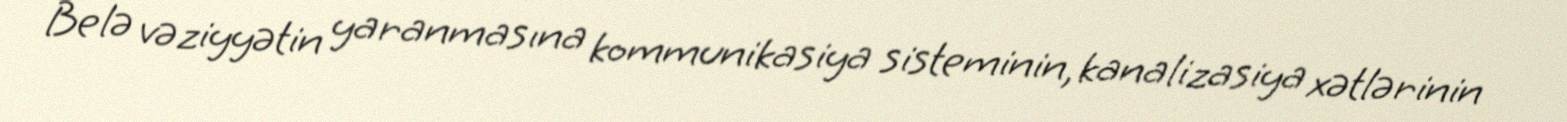
Belə vəziyyətin yaranmasına kommunikasiya sisteminin, kanalizasiya xətlərinin